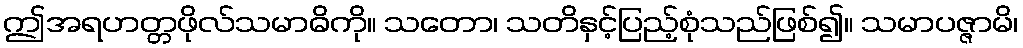
ဤအရဟတ္တဖိုလ်သမာဓိကို။ သတော၊ သတိနှင့်ပြည့်စုံသည်ဖြစ်၍။ သမာပဇ္ဇာမိ၊